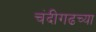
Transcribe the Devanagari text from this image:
चंदीगढच्या